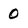
Character: 0